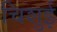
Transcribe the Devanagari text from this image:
चिशुई